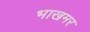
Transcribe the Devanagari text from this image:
भाखमर